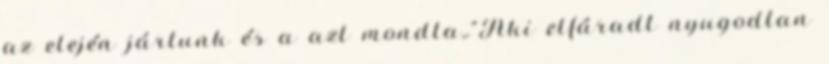
az elején jártunk és a azt mondta,."Aki elfáradt nyugodtan